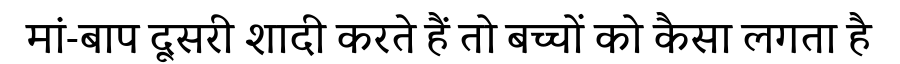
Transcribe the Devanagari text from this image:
मां-बाप दूसरी शादी करते हैं तो बच्चों को कैसा लगता है